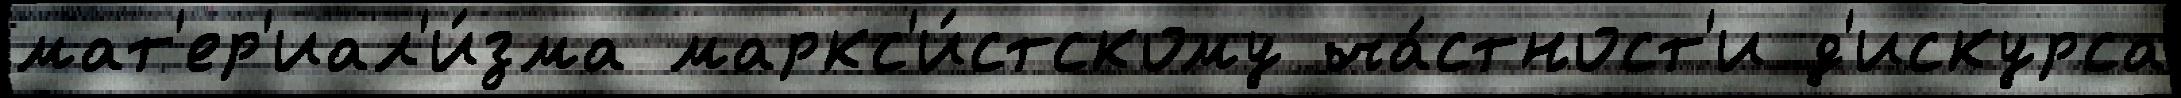
мат'ер'иал'и́зма маркс'и́стскому ча́стност'и д'искурса